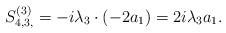
LaTeX: \begin{align*}S^{(3)}_{4,3,} &= -i\lambda_3 \cdot \left( -2a_1 \right) = 2i\lambda_3 a_1.\end{align*}